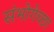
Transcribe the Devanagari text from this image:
संभोगेच्छा